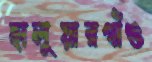
হালুয়ারগাঁও